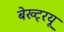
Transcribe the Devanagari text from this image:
बेख्ट्रयू